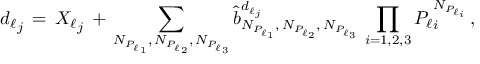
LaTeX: { d _ { \ell } } _ { j } \, = \, { X _ { \ell } } _ { j } \, + \, \sum _ { N _ { { P _ { \ell } } _ { 1 } } , \, N _ { { P _ { \ell } } _ { 2 } } , \, N _ { { P _ { \ell } } _ { 3 } } } \hat { b } _ { N _ { { P _ { \ell } } _ { 1 } } , \, N _ { { P _ { \ell } } _ { 2 } } , \, N _ { { P _ { \ell } } _ { 3 } } } ^ { { d _ { \ell } } _ { j } } \, \prod _ { i = 1 , 2 , 3 } { P _ { \ell } } _ { i } ^ { N _ { { P _ { \ell } } _ { i } } } \, ,